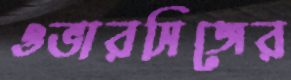
ওভারসিজের